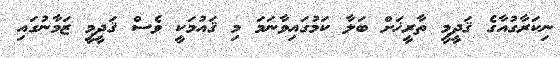
ނިކަރާގުއާގެ ޤަދީމީ ތާރީޚަށް ބަލާ ކަމުގައިވާނަމަ މި ޤައުމަކީ ވެސް ޤަދީމީ ޒަމާނުގައި